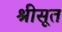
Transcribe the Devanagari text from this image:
श्रीसूत